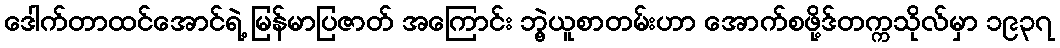
ဒေါက်တာထင်အောင်ရဲ့ မြန်မာပြဇာတ် အကြောင်း ဘွဲ့ယူစာတမ်းဟာ အောက်စဖို့ဒ်တက္ကသိုလ်မှာ ၁၉၃၇